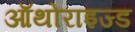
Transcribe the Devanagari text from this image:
ऑथोराइज्ड